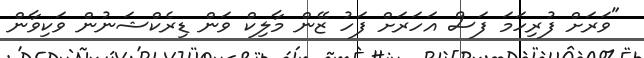
"ވަރަށް ފުރިހަމަ ފަސް އަހަރަށް ފަހު ޒޭން މާލިކް ވަން ޑިރެކްޝަނުން ވަކިވާން